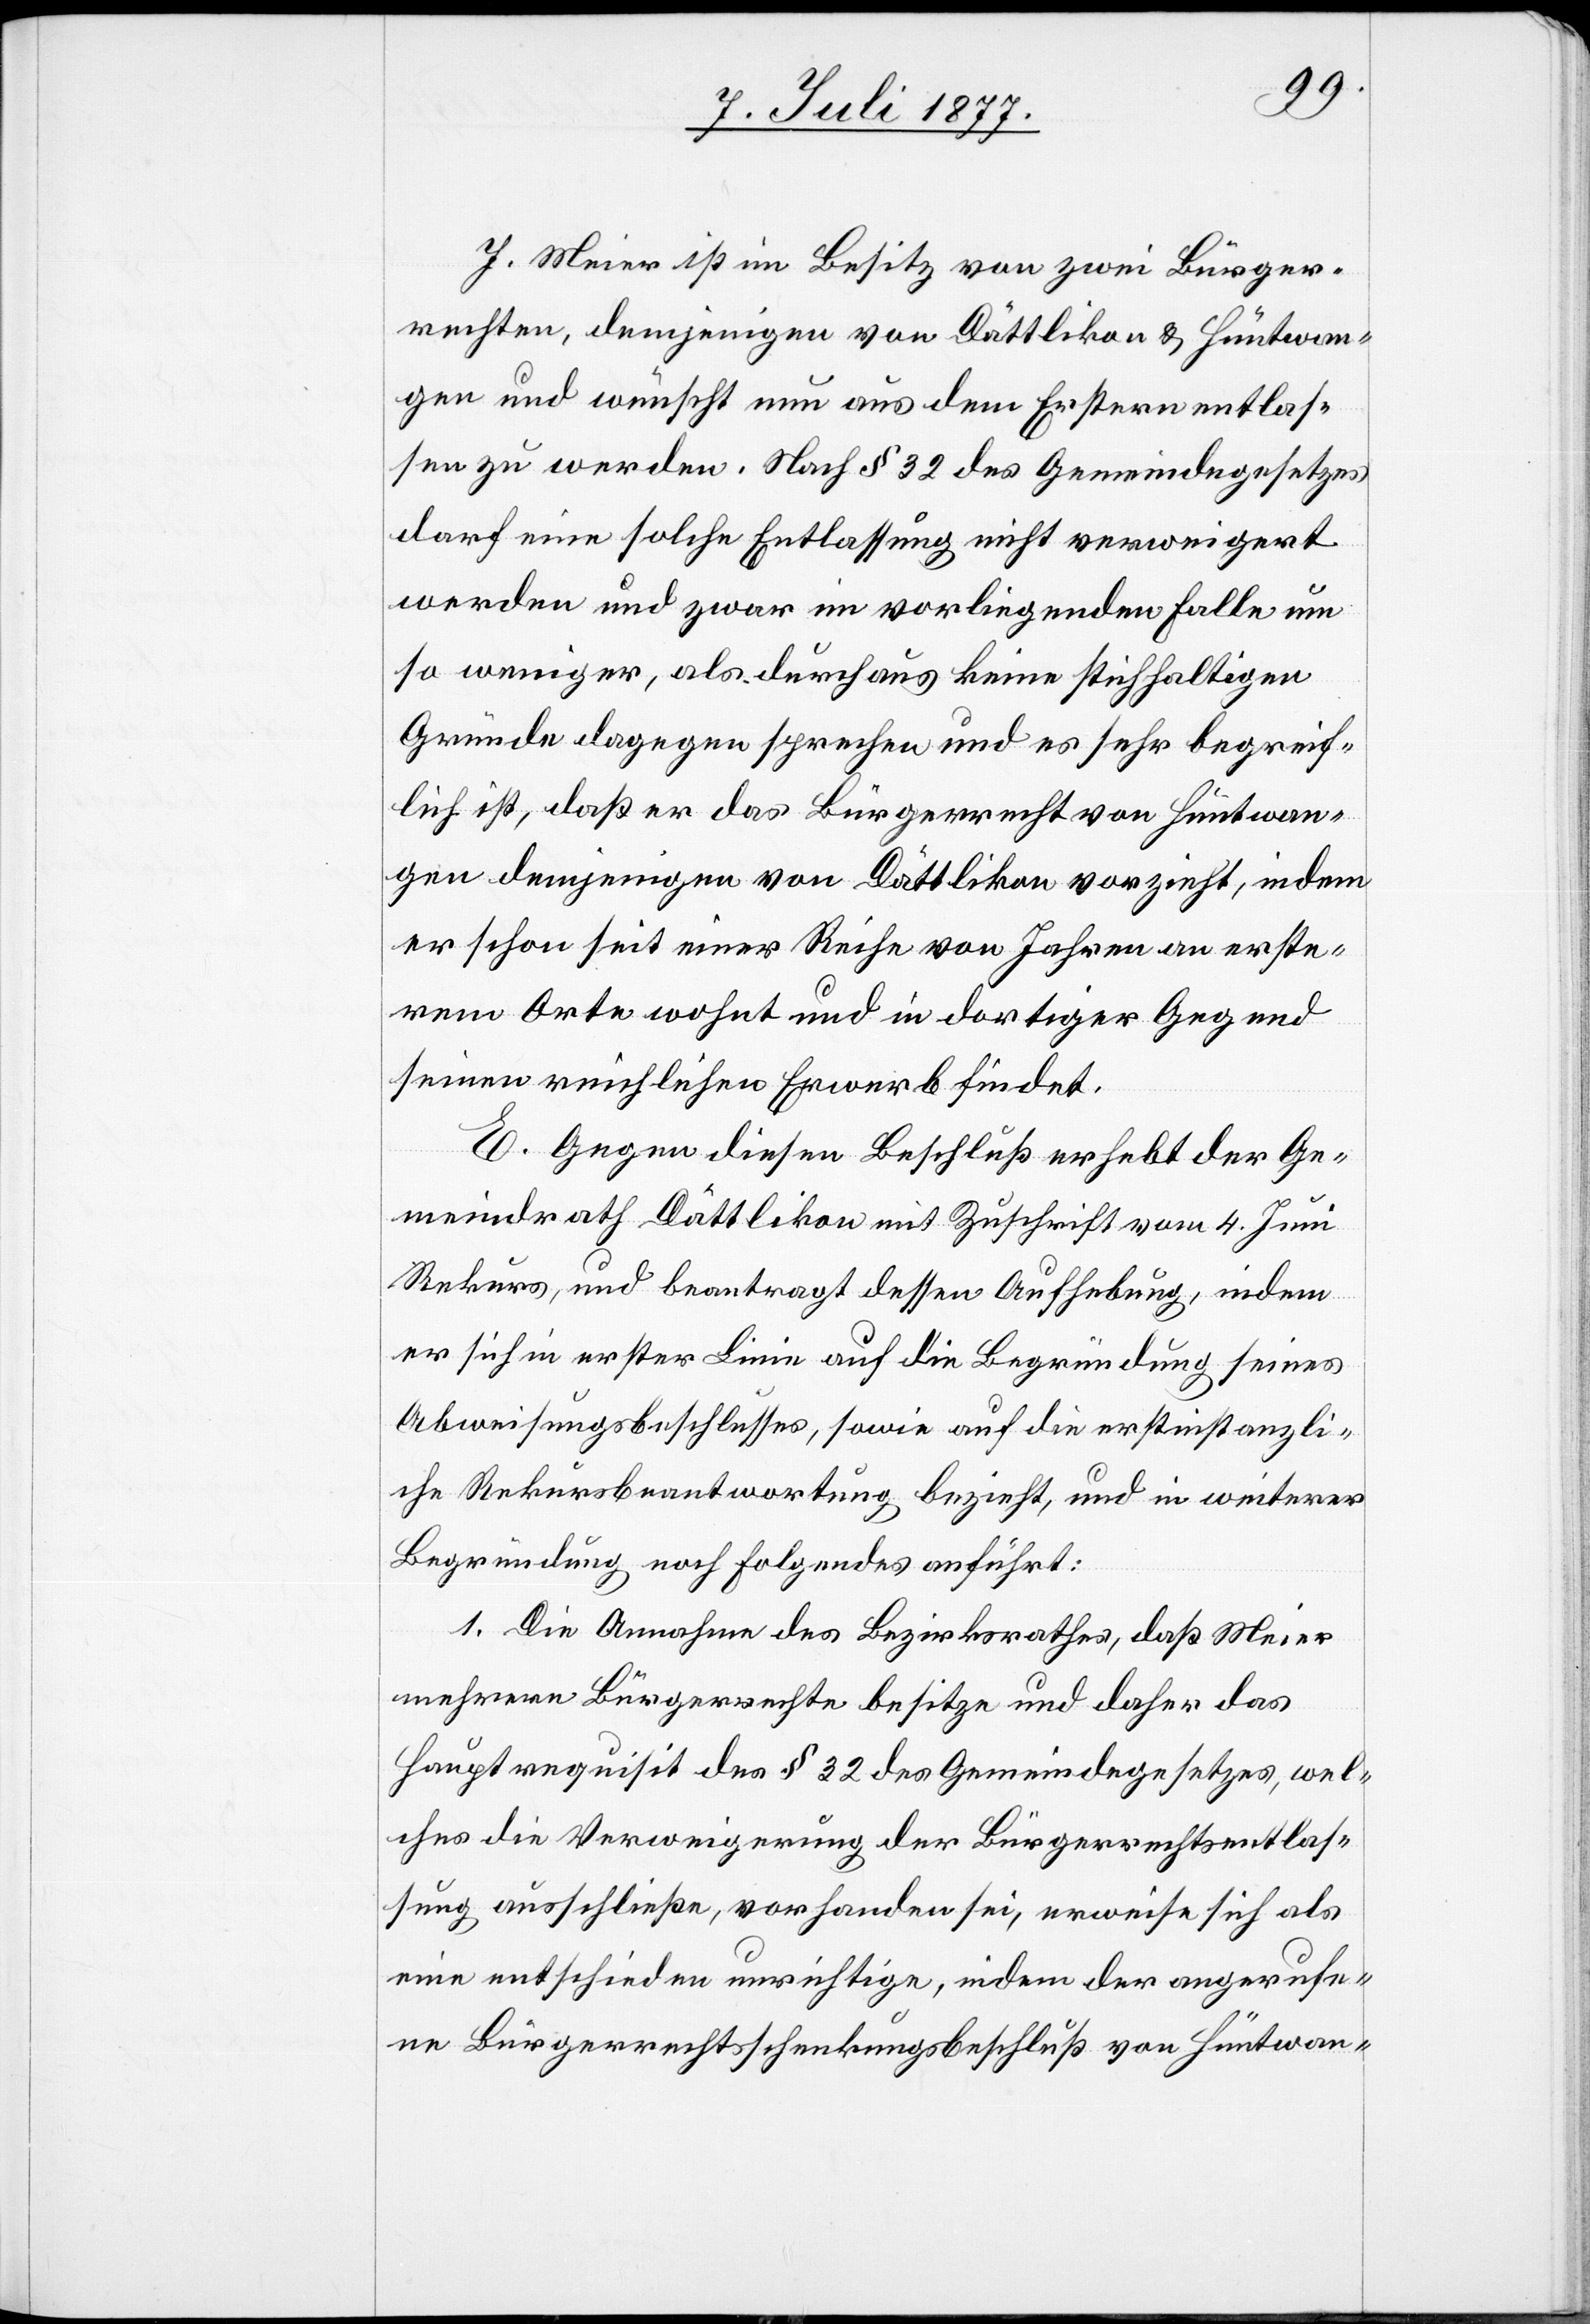
J. Meier ist im Besitz von zwei Bürger¬
rechten, demjenigen von Dättlikon & Hüntwan¬
gen und wünscht nun aus dem Erstern entlas¬
sen zu werden. Nach § 32 des Gemeindegesetzes
darf eine solche Entlassung nicht verweigert
werden und zwar im vorliegenden Falle um
so weniger, als durchaus keine stichhaltigen
Gründe dagegen sprechen und es sehr begreif¬
lich ist, daß er das Bürgerrecht von Hüntwan¬
gen demjenigen von Dättlikon vorzieht, indem
er schon seit einer Reihe von Jahren an erste¬
rem Orte wohnt und in dortiger Gegend
seinen reichlichen Erwerb findet.
E. Gegen diesen Beschluß erhebt der Ge¬
meindrath Dättlikon mit Zuschrift vom 4. Juni
Rekurs, und beantragt dessen Aufhebung, indem
er sich in erster Linie auf die Begründung seines
Abweisungsbeschlusses, sowie auf die erstinstanzli¬
che Rekursbeantwortung bezieht, und in weiterer
Begründung noch Folgendes anführt:
1. Die Annahme des Bezirksrathes, daß Meier
mehrere Bürgerrechte besitze und daher das
Hauptrequisit des § 32 des Gemeindegesetzes, wel¬
ches die Verweigerung der Bürgerrechtsentlas¬
sung ausschließe, vorhanden sei, erweise sich als
eine entschieden unrichtige, indem der angerufe¬
ne Bürgerrechtsschenkungsbeschluß von Hüntwan-